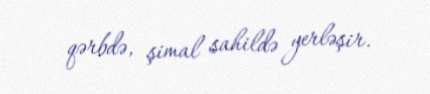
qərbdə, şimal sahildə yerləşir.